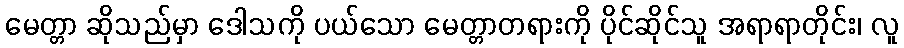
မေတ္တာ ဆိုသည်မှာ ဒေါသကို ပယ်သော မေတ္တာတရားကို ပိုင်ဆိုင်သူ အရာရာတိုင်း၊ လူ